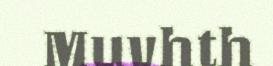
Muvhth